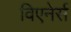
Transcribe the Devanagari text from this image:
विएनेर्स